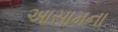
આસામના